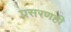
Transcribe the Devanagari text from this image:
प्रसरणही